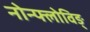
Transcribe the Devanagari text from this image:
नोन्फ्लोविङ्